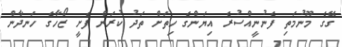
ގޭގެ މޫނުމަތި ފެނުނީއްސުރެ އިޔަންގެ ހިތަށް ތަދު ކުރަން ފެށީ ޒޯހާގެ ހަނދާން